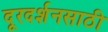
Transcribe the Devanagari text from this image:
दूरदर्शनसाठी